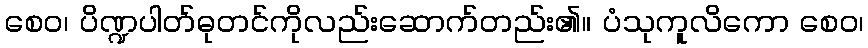
စေဝ၊ ပိဏ္ဍပါတ်ဓုတင်ကိုလည်းဆောက်တည်း၏။ ပံသုကူလိကော စေဝ၊